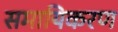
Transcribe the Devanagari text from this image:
समायिकरण